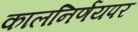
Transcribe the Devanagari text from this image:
कालनिर्णयपर